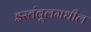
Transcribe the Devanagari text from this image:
इस्तंबूलमधील